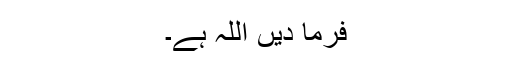
فرما دیں اللہ ہے۔